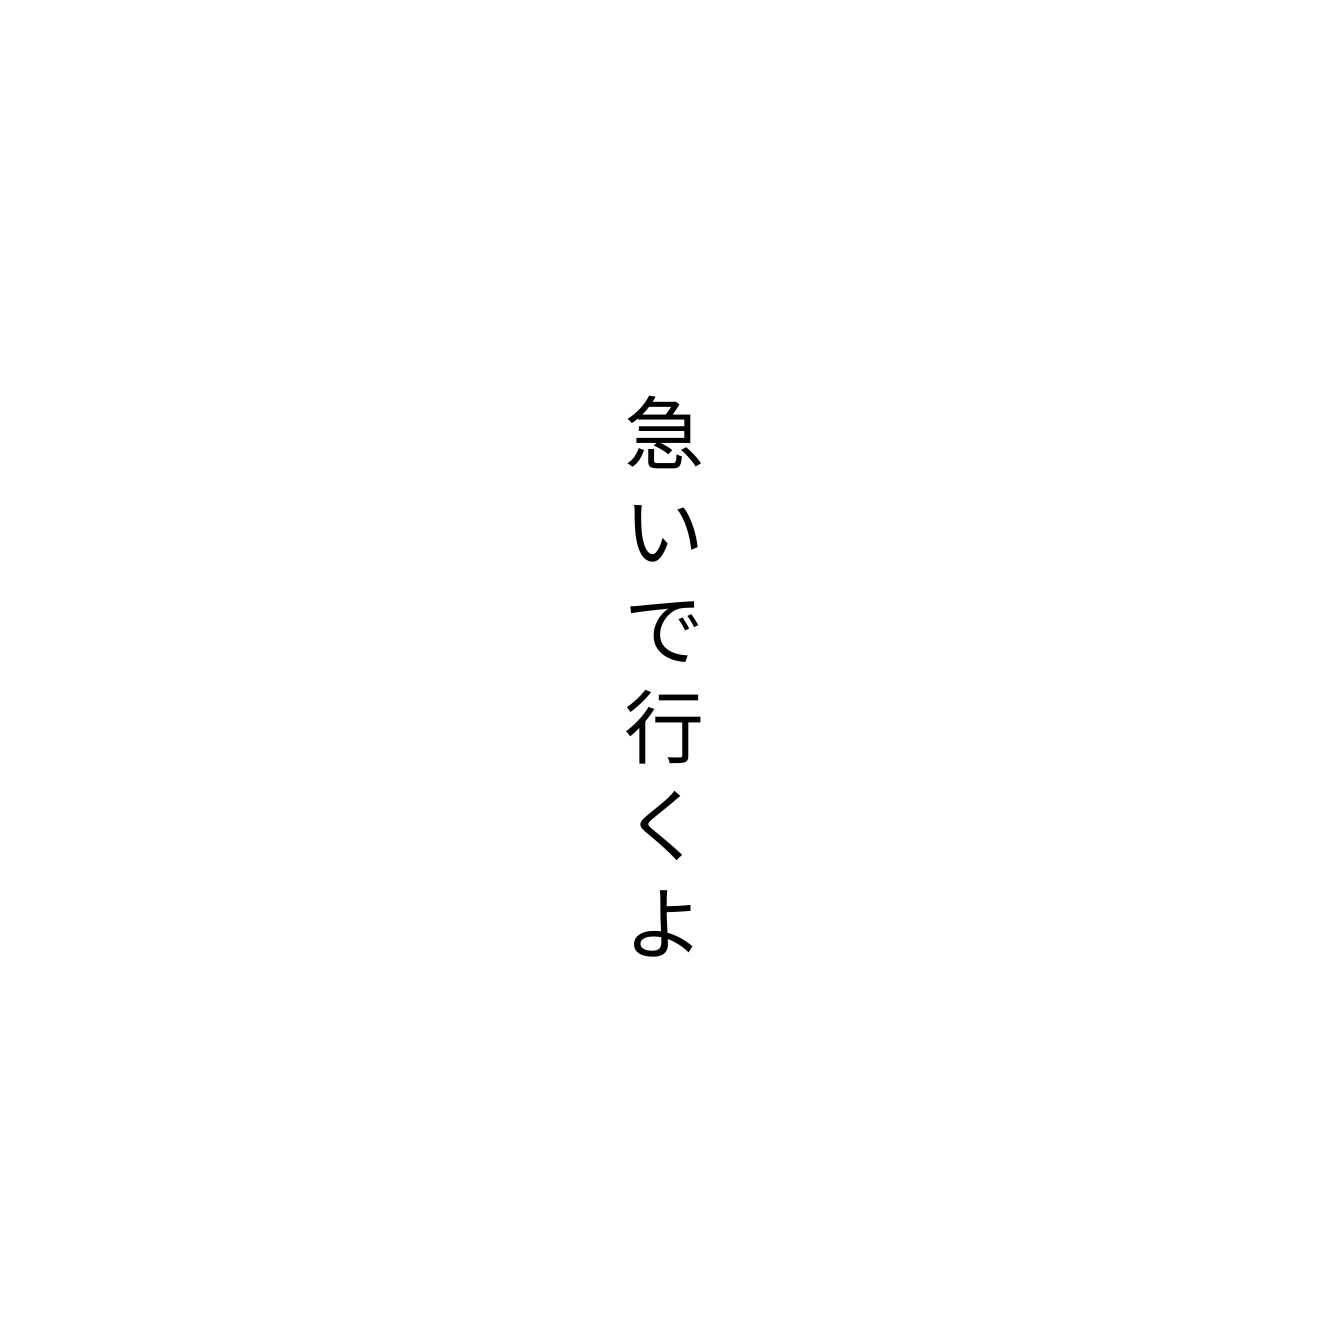
急いで行くよ